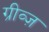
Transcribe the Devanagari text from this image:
ग्रीव्ज़